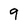
Character: 9